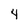
Character: 4